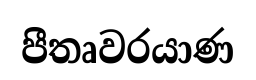
පීතෘවරයාණ